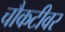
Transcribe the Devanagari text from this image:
चौकटीवर